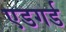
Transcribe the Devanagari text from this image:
एडगर्ड